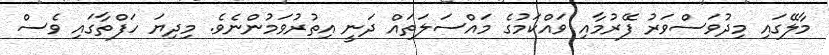
މާލޭގައި މިދުވަސްވަރު ފޭރުމާއި ވައްކަމުގެ މައްސަލަތައް ދަނީ އިތުރުވަމުންނެވެ. މިދިޔަ ހަފްތާގައި ވެސް